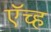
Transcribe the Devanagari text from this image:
ऍच्ह